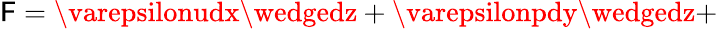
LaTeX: \mathsf{F}=\varepsilonudx\wedgedz+\varepsilonpdy\wedgedz+